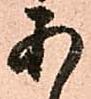
あ